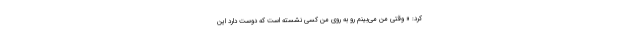
کرد: « وقتی من می‌بینم رو به روی من کسی نشسته است که دوست دارد این